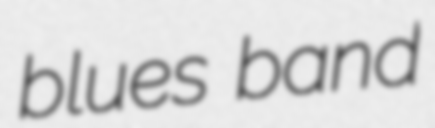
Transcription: blues band